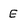
Character: E